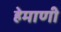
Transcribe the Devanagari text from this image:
हेमाणी